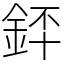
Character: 銔